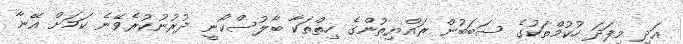
އަދި މިފަދަ ހުކުމްތަކުގެ ސަބަބުން ރައްޔިތުންގެ ހިތްތަކާ ބާލުސްކޯނީ ދުރުނުކުރެވޭނެ ކަމަށް އޭނާ